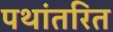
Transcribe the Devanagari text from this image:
पथांतरित